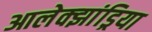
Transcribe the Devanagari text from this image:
आलेक्झांड्रिया